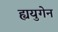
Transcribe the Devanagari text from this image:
ह्ययुगेन